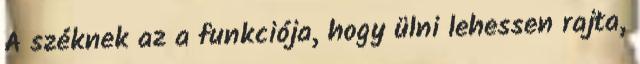
A széknek az a funkciója, hogy ülni lehessen rajta,